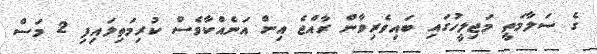
ގެ ސަލާމަތީ މަޖިލީހުގައި ބައިވެރިވާން ރާއްޖެ އިން އަނެއްކާވެސް ކުރިމަތިލައިފި 2 މަސް